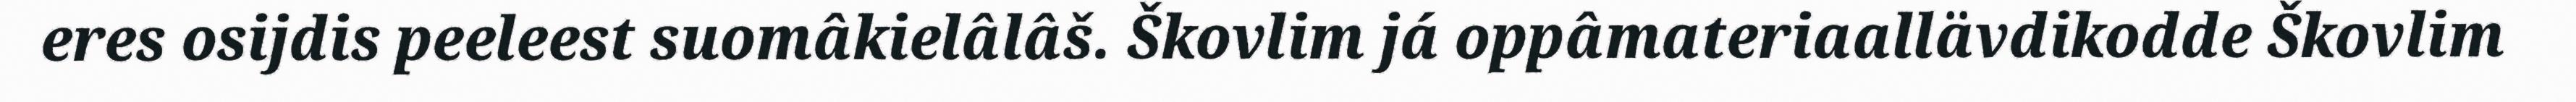
eres osijdis peeleest suomâkielâlâš. Škovlim já oppâmateriaallävdikodde Škovlim